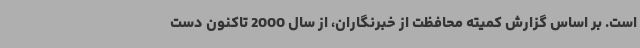
است. بر اساس گزارش کمیته محافظت از خبرنگاران، از سال 2000 تاکنون دست